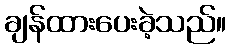
ချန်ထားပေးခဲ့သည်။